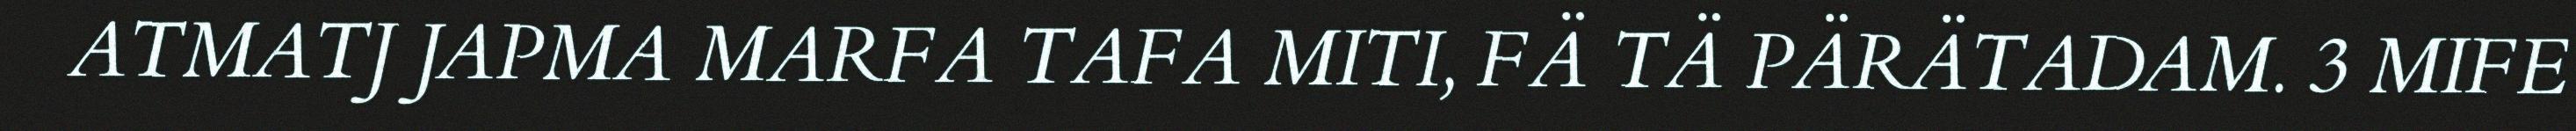
ATMATJ JAPMA MARFA TAFA MITI, FÄ TÄ PÄRÄTADAM. 3 MIFE